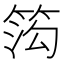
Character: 𬕋